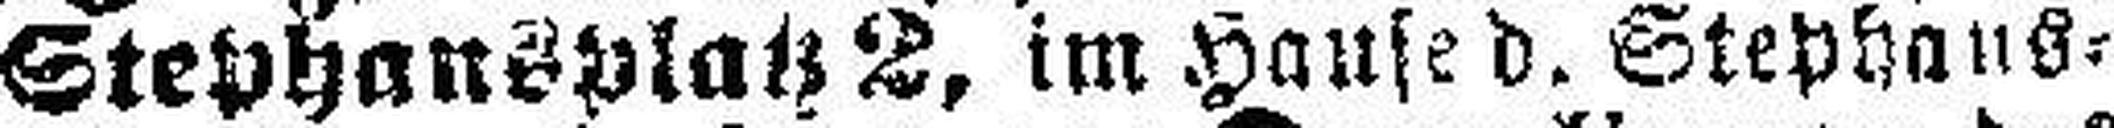
Stephansplatz 2, im Hause d. Stephans¬